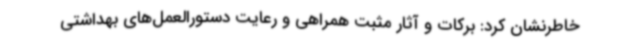
خاطرنشان کرد: برکات و آثار مثبت همراهی و رعایت دستورالعمل‌های بهداشتی